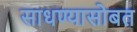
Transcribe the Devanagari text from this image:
साधण्यासोबत